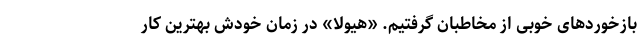
بازخوردهای خوبی از مخاطبان گرفتیم. «هیولا» در زمان خودش بهترین کار